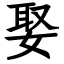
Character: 娶